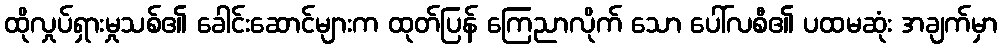
ထိုလှုပ်ရှားမှုသစ်၏ ခေါင်းဆောင်များက ထုတ်ပြန် ကြေညာလိုက် သော ပေါ်လစီ၏ ပထမဆုံး အချက်မှာ